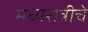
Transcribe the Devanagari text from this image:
मध्यरात्रीचे